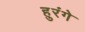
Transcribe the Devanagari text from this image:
हुरंगे